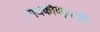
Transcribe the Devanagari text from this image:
मायकोव्ह्‌स्की